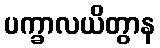
ပက္ခာလယိတွာန